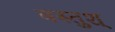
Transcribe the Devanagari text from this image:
वस्तुश्